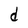
Character: d